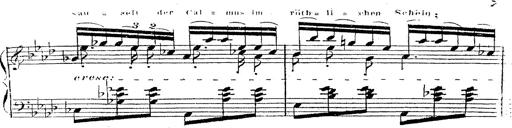
Title: 12 Lieder von Franz Schubert
Composer: Franz Liszt